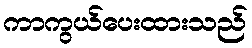
ကာကွယ်ပေးထားသည်